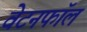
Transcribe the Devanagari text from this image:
वेटनफॉल